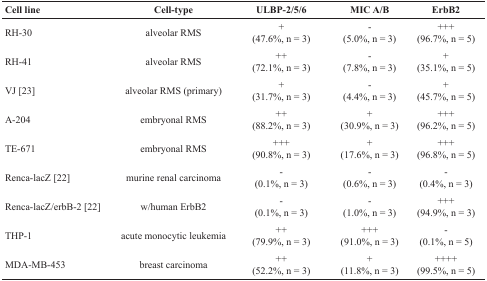
<table><thead><tr><td><b>Cell line</b></td><td><b>Cell-type</b></td><td><b>ULBP-2/5/6</b></td><td><b>MIC A/B</b></td><td><b>ErbB2</b></td></tr></thead><tbody><tr><td>RH-30</td><td>alveolar RMS</td><td>+(47.6%, n = 3)</td><td>-(5.0%, n = 3)</td><td>+++(96.7%, n = 5)</td></tr><tr><td>RH-41</td><td>alveolar RMS</td><td>++(72.1%, n = 3)</td><td>-(7.8%, n = 3)</td><td>+(35.1%, n = 5)</td></tr><tr><td>VJ [23]</td><td>alveolar RMS (primary)</td><td>+(31.7%, n = 3)</td><td>-(4.4%, n = 3)</td><td>+(45.7%, n = 5)</td></tr><tr><td>A-204</td><td>embryonal RMS</td><td>++(88.2%, n = 3)</td><td>+(30.9%, n = 3)</td><td>+++(96.2%, n = 5)</td></tr><tr><td>TE-671</td><td>embryonal RMS</td><td>+++(90.8%, n = 3)</td><td>+(17.6%, n = 3)</td><td>+++(96.8%, n = 5)</td></tr><tr><td>Renca-lacZ [22]</td><td>murine renal carcinoma</td><td>-(0.1%, n = 3)</td><td>-(0.6%, n = 3)</td><td>-(0.4%, n = 3)</td></tr><tr><td>Renca-lacZ/erbB-2 [22]</td><td>w/human ErbB2</td><td>-(0.1%, n = 3)</td><td>-(1.0%, n = 3)</td><td>+++(94.9%, n = 3)</td></tr><tr><td>THP-1</td><td>acute monocytic leukemia</td><td>++(79.9%, n = 3)</td><td>+++(91.0%, n = 3)</td><td>-(0.1%, n = 5)</td></tr><tr><td>MDA-MB-453</td><td>breast carcinoma</td><td>++(52.2%, n = 3)</td><td>+(11.8%, n = 3)</td><td>++++(99.5%, n = 5)</td></tr></tbody></table>